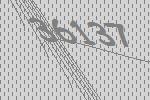
36137